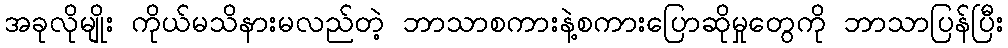
အခုလိုမျိုး ကိုယ်မသိနားမလည်တဲ့ ဘာသာစကားနဲ့စကားပြောဆိုမှုတွေကို ဘာသာပြန်ပြီး